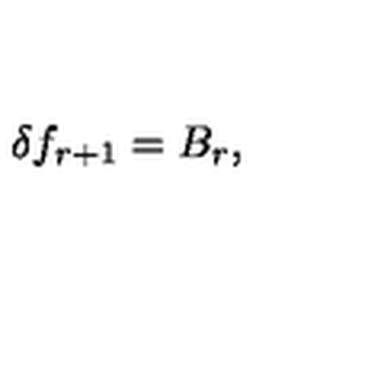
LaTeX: \delta f _ { r + 1 } = B _ { r } ,